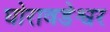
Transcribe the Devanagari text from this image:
घोरावडेश्वर